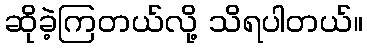
ဆိုခဲ့ကြတယ်လို့ သိရပါတယ်။